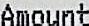
AMOUNT